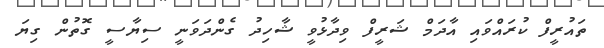
ތައުރީފް ކުރައްވައި އާދަމް ޝަރީފް ވިދާޅުވީ ޝާހިދު ގެންދަވަނީ ސިޔާސީ ގޮތުން ގިޔަ